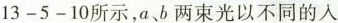
13-5-10所示，a、b两束光以不同的入